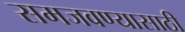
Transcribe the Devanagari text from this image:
समजवण्यासाठी